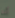
أنه